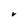
Character: V